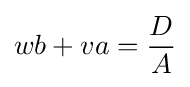
wb+va={D \over A}